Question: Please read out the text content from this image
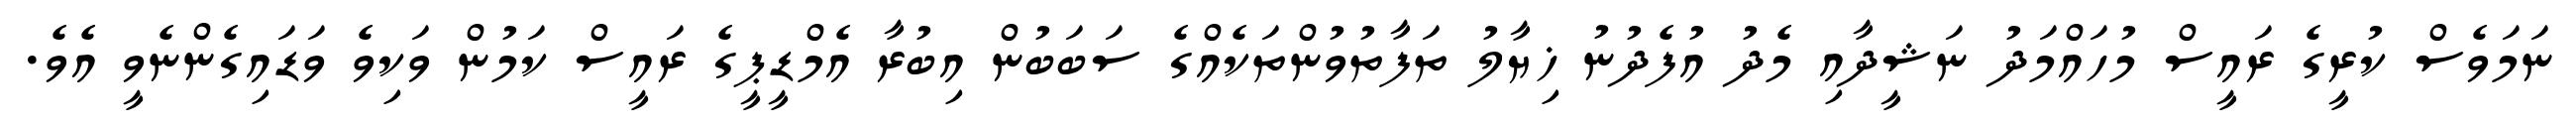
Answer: ނަމަވެސް ކުރީގެ ރައީސް މުހައްމަދު ނަޝީދާއި މެދު އުފެދުނު ޚިޔާލު ތަފާތުވުންތަކެއްގެ ސަބަބުން އިބުރާ އެމްޑީޕީގެ ރައީސް ކަމުން ވަކިވެ ވަޑައިގެންނެވީ އެވެ.